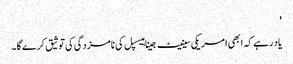
'
یاد رہے کہ ابھی امریکی سینیٹ جینا ہیسپل کی نامزدگی کی توثیق کرے گا۔